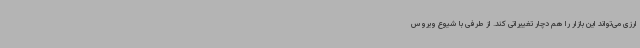
ارزی می‌تواند این بازار را هم دچار تغییراتی کند. از طرفی با شیوع ویروس